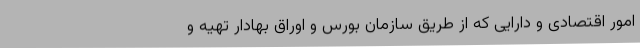
امور اقتصادی و دارایی که از طریق سازمان بورس و اوراق بهادار تهیه و